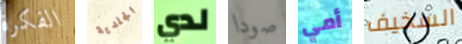
الفكرة الجلدية لدي صودا أمي السخيف